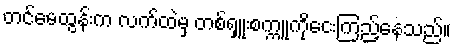
တင်မေထွန်းက လက်ထဲမှ တစ်ရှူးစက္ကူကိုငေးကြည့်နေသည်။